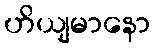
ဟိယျမာနော